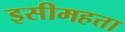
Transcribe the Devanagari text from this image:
इसीमहत्ता